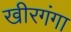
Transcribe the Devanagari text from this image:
खीरगंगा